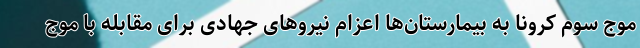
موج سوم کرونا به بیمارستان‌ها اعزام نیروهای جهادی برای مقابله با موج